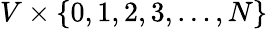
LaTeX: V\times\{ 0,1,2,3,\ldots,N\}